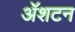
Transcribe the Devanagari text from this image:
ॲशटन